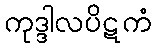
ကုဒ္ဒါလပိဋကံ